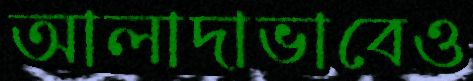
আলাদাভাবেও